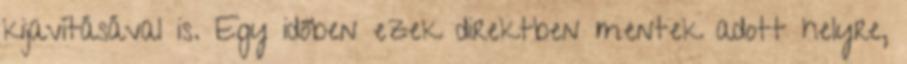
kijavításával is. Egy időben ezek direktben mentek adott helyre,